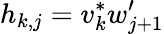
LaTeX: h_{k,j}=v_{k}^{*}w_{j+1}^{\prime}